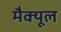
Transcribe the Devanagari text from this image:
मैक्यूल